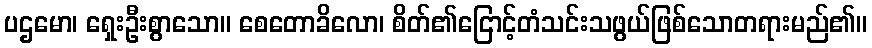
ပဌမော၊ ရှေးဦးစွာသော။ စေတောခိလော၊ စိတ်၏ငြောင့်တံသင်းသဖွယ်ဖြစ်သောတရားမည်၏။